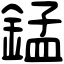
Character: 錳